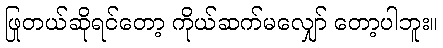
ဖြုတယ်ဆိုရင်တော့ ကိုယ်ဆက်မလျှော် တော့ပါဘူး။